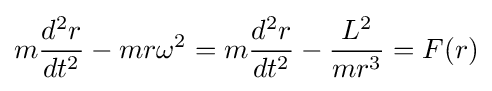
m{\frac {d^{2}r}{dt^{2}}}-mr\omega ^{2}=m{\frac {d^{2}r}{dt^{2}}}-{\frac {L^{2}}{mr^{3}}}=F(r)